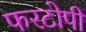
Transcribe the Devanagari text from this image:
फरटोपी